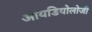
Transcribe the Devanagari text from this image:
आयडियोलोजी